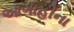
આગાહીના